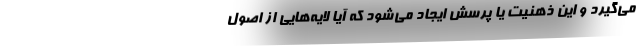
می‌گیرد و این ذهنیت یا پرسش ایجاد می‌شود که آیا لایه‌هایی از اصول